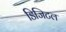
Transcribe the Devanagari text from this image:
डिजिटल